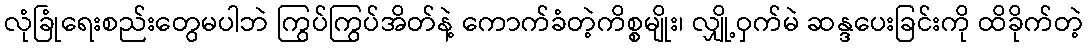
လုံခြုံရေးစည်းတွေမပါဘဲ ကြွပ်ကြွပ်အိတ်နဲ့ ကောက်ခံတဲ့ကိစ္စမျိုး၊ လျှို့ဝှက်မဲ ဆန္ဒပေးခြင်းကို ထိခိုက်တဲ့